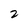
Character: 2